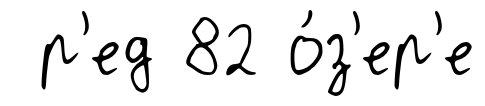
р'ед 82 о́з'ер'е